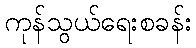
ကုန်သွယ်ရေးစခန်း